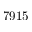
7 9 1 5